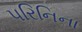
પરિનિના